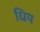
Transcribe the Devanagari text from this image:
धिय